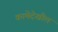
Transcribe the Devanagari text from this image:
कामेदेखील